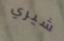
شيري